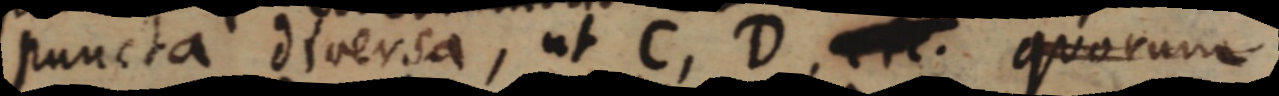
puncta diversa, ut C, D, etc. quorum